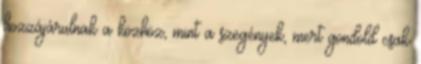
hozzájárulnak a közhöz, mint a szegények, mert gondold csak